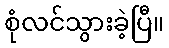
စုံလင်သွားခဲ့ပြီ။